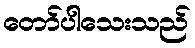
တော်ပါသေးသည်